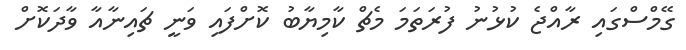
ގޭމްސްގައި ރާއްޖެ ކުޅުނު ފުރަތަމަ މެޗް ކާމިޔާބު ކޮށްފައި ވަނީ ޗައިނާއާ ވާދަކޮށް